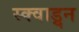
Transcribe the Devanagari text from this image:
स्क्वाड्र्न